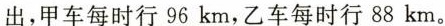
出，甲车每时行96km，乙车每时行88km。